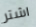
اشتر